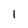
Character: l